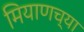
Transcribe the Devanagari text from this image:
मियाणच्या